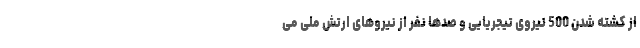
از کشته شدن 500 نیروی تیجریایی و صدها نفر از نیروهای ارتش ملی می‌